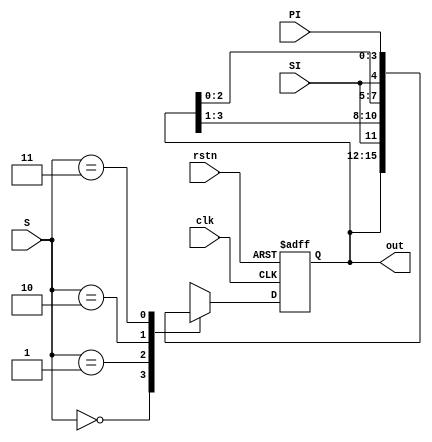
module shift_reg #(parameter SIZE = 4) (
    input clk, rstn, SI,
    input [1 : 0] S,
    input [SIZE - 1 : 0] PI,
    output [SIZE - 1 : 0] out
);
    localparam NO_CHANGE        = 2'b00;
    localparam SHIFT_RIGHT      = 2'b01;
    localparam SHIFT_LEFT       = 2'b10;
    localparam PARALLEL_LOAD    = 2'b11;

    reg [SIZE - 1 : 0] Q_reg, Q_next;

    always @(*) begin
        case (S)
            NO_CHANGE:          Q_next = Q_reg;                             
            SHIFT_RIGHT:        Q_next = {SI, Q_reg [SIZE - 1 : 1]};        
            SHIFT_LEFT:         Q_next = {Q_reg [SIZE - 2 : 0], SI};        
            PARALLEL_LOAD:      Q_next = PI;                                
            default:            Q_next = 0;
        endcase
    end

    always @(posedge clk, negedge rstn) begin
        if (!rstn)
            Q_reg <= 0;
        else
            Q_reg <= Q_next;
    end

    assign out = Q_reg;
endmodule